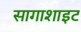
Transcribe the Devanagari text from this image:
सागाशाइट